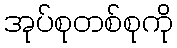
အုပ်စုတစ်စုကို